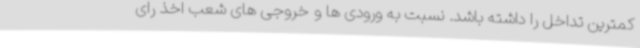
کمترین تداخل را داشته باشد. نسبت به ورودی ها و خروجی های شعب اخذ رای